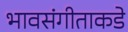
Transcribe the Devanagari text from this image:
भावसंगीताकडे